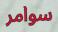
سوامر